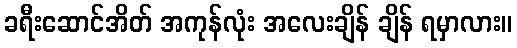
ခရီးဆောင်အိတ် အကုန်လုံး အလေးချိန် ချိန် ရမှာလား။